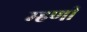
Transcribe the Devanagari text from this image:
म्‍हणी